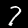
Label: 7